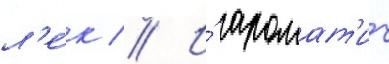
л'е́к // И́ аромат'ич